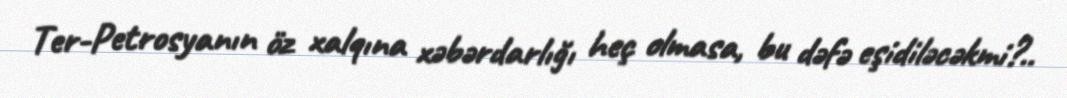
Ter-Petrosyanın öz xalqına xəbərdarlığı heç olmasa, bu dəfə eşidiləcəkmi?..